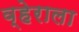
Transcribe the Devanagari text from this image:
व्हेराला